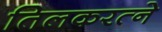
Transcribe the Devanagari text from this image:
तिलकरत्‍ने